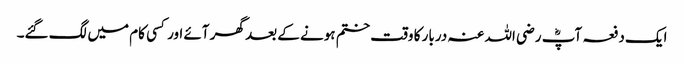
ایک دفعہ آپؓ رضی اللہ عنہ دربار کا وقت ختم ہونے کے بعد گھر آئے اور کسی کام میں لگ گئے۔